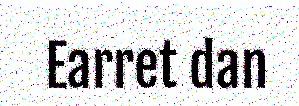
Earret dan